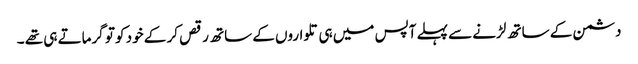
دشمن کے ساتھ لڑنے سے پہلے آپس میں ہی تلواروں کے ساتھ رقص کر کے خود کو تو گرماتے ہی تھے ۔